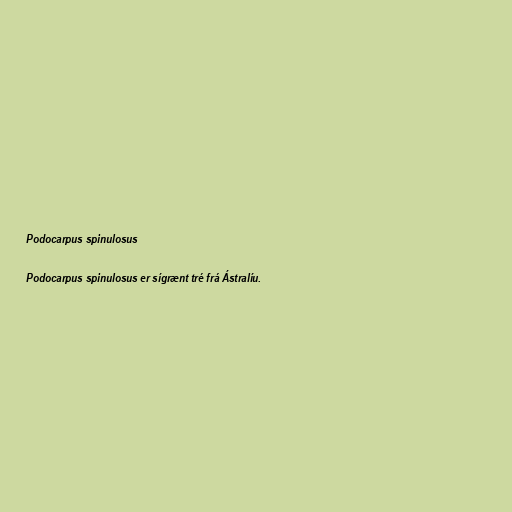
Podocarpus spinulosus

Podocarpus spinulosus er sígrænt tré frá Ástralíu.